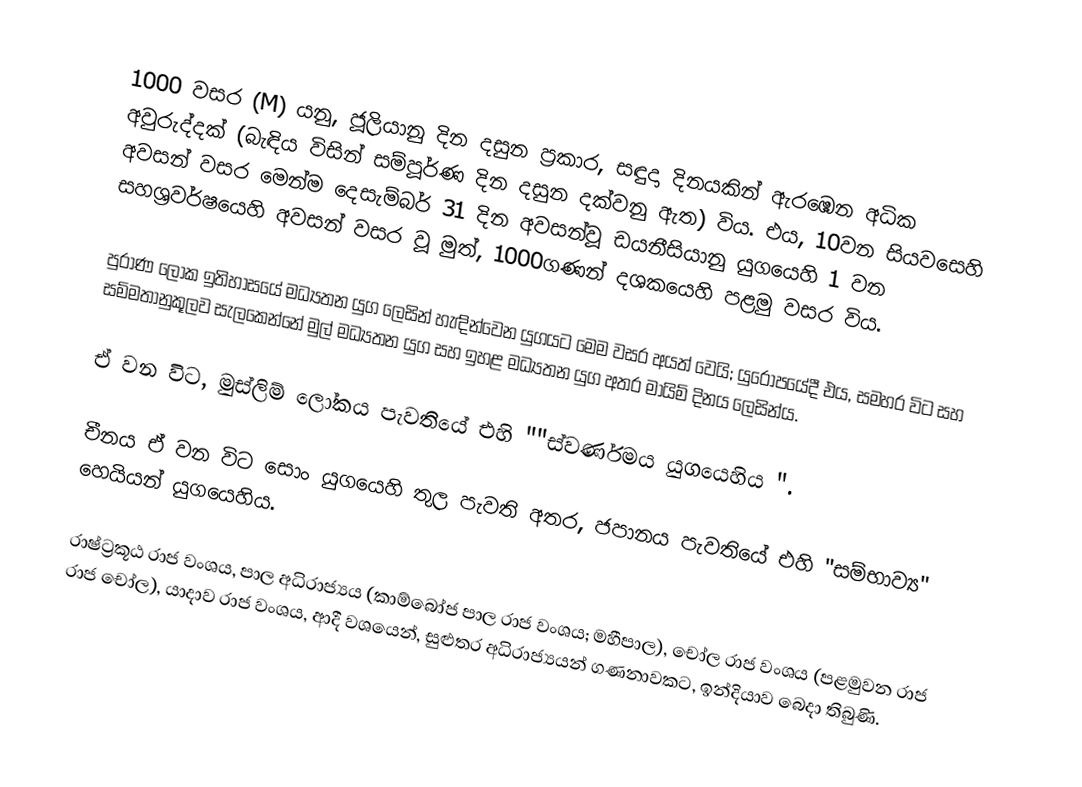
1000 වසර (M) යනු,  ජූලියානු දින දසුන ප්‍රකාර,  සඳුදා දිනයකින් ඇරඹෙන අධික අවුරුද්දක් (බැඳිය විසින් සම්පූර්ණ දින දසුන දක්වනු ඇත) විය. එය, 10වන සියවසෙහි අවසන් වසර මෙන්ම  දෙසැම්බර් 31 දින අවසන්වූ ඩයනීසියානු යුගයෙහි 1 වන සහශ්‍රවර්ෂයෙහි  අවසන් වසර වූ මුත්, 1000ගණන් දශකයෙහි පළමු වසර විය.

පුරාණ ලෝක ඉතිහාසයේ  මධ්‍යතන යුග ලෙසින් හැඳින්වෙන යුගයට මෙම වසර අයත් වෙයි; යුරෝපයේදී එය, සමහර විට සහ සම්මතානුකූලව සැලකෙන්නේ  මුල්  මධ්‍යතන යුග සහ  ඉහළ මධ්‍යතන යුග අතර මායිම් දිනය ලෙසින්ය.

ඒ වන විට,  මුස්ලිම් ලෝකය පැවතියේ එහි ""ස්වර්ණමය යුගයෙහිය ".

චීනය ඒ වන විට සොං යුගයෙහි තුල පැවති අතර, ජපානය පැවතියේ එහි "සම්භාව්‍ය" හෙයියන් යුගයෙහිය.

රාෂ්ට්‍රකූඨ රාජ වංශය, පාල අධිරාජ්‍යය (කාම්බෝජ පාල රාජ වංශය; මහීපාල), චෝල රාජ වංශය (පළමුවන රාජ රාජ චෝල), යාදාව රාජ වංශය, ආදී වශයෙන්, සුළුතර අධිරාජ්‍යයන් ගණනාවකට,  ඉන්දියාව බෙදා තිබුණි.